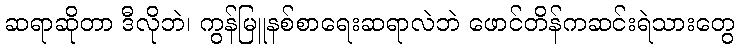
ဆရာဆိုတာ ဒီလိုဘဲ၊ ကွန်မြူနစ်စာရေးဆရာလဲဘဲ ဖောင်တိန်ကဆင်းရဲသားတွေ